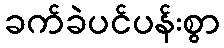
ခက်ခဲပင်ပန်းစွာ